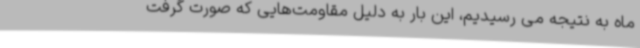
ماه به نتیجه می رسیدیم، این بار به دلیل مقاومت‌هایی که صورت گرفت